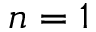
n = 1